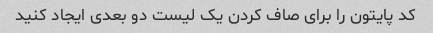
کد پایتون را برای صاف کردن یک لیست دو بعدی ایجاد کنید